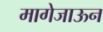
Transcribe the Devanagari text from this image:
मागेजाऊन